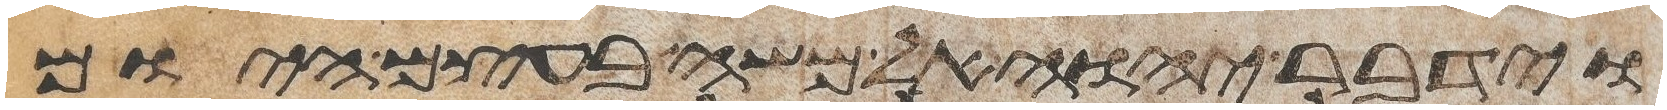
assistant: וידבר יהוה אל משה בעצם היום